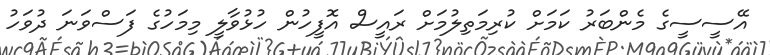
އޭސީސީގެ މެންބަރު ކަމަށް ކުރިމަތިލުމަށް ރައީސް އޮފީހުން ހުޅުވާލީ މިމަހުގެ ފަސްވަނަ ދުވަހު